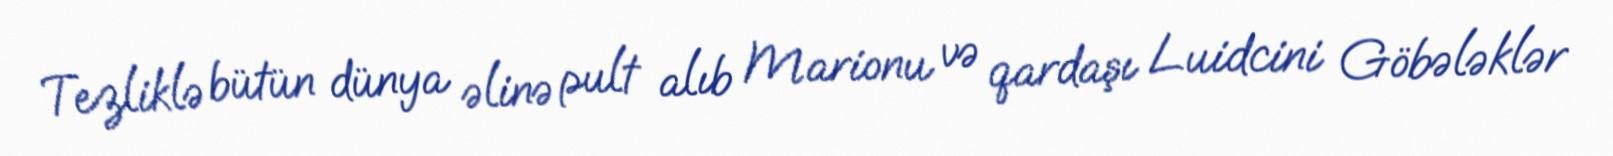
Tezliklə bütün dünya əlinə pult alıb Marionu və qardaşı Luidcini Göbələklər